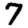
Digit: 7